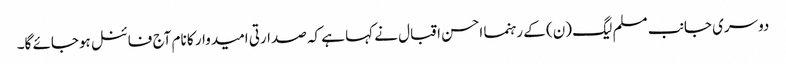
دوسری جانب مسلم لیگ (ن) کے رہنما احسن اقبال نے کہا ہے کہ صدارتی امیدوار کا نام آج فائنل ہوجائے گا۔